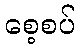
စေ့စပ်